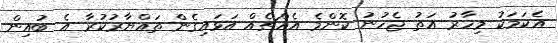
އެކަމަކު މިހާރު އަތު ޖެހުނު ކޮންމެ އެއްޗެއް އަޅައިގެން ތައްޔާރުކުރާ އެ ބުއިން